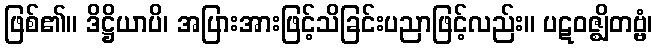
ဖြစ်၏။ ဒိဋ္ဌိယာပိ၊ အပြားအားဖြင့်သိခြင်းပညာဖြင့်လည်း။ ပဋဝဇ္ဈိတဗ္ဗံ၊